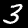
Digit: 3